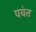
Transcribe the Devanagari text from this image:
पयंत